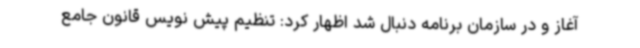
آغاز و در سازمان برنامه دنبال شد اظهار کرد: تنظیم پیش نویس قانون جامع